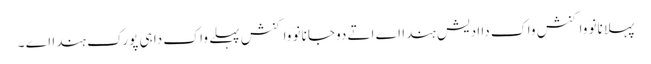
پہلا نانوَ واکنش واک دا ادیش ہندا اے اتے دوجا نانوَ واکنش پہلے واک دا ہی پورک ہندا اے ۔